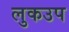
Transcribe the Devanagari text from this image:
लुकउप